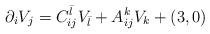
\begin{align*}\partial_i V_j = C_{ij}^{\bar l} V_{\bar l} + A_{ij}^k V_k + (3,0)\end{align*}